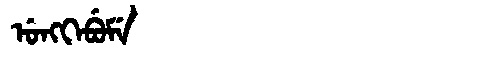
Manchu: ᡠᠩᡴᡝᠪᡠᠮᡝ
Romanization: UNGKEBUME